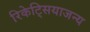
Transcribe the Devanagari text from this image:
रिकेट्सियाजन्य